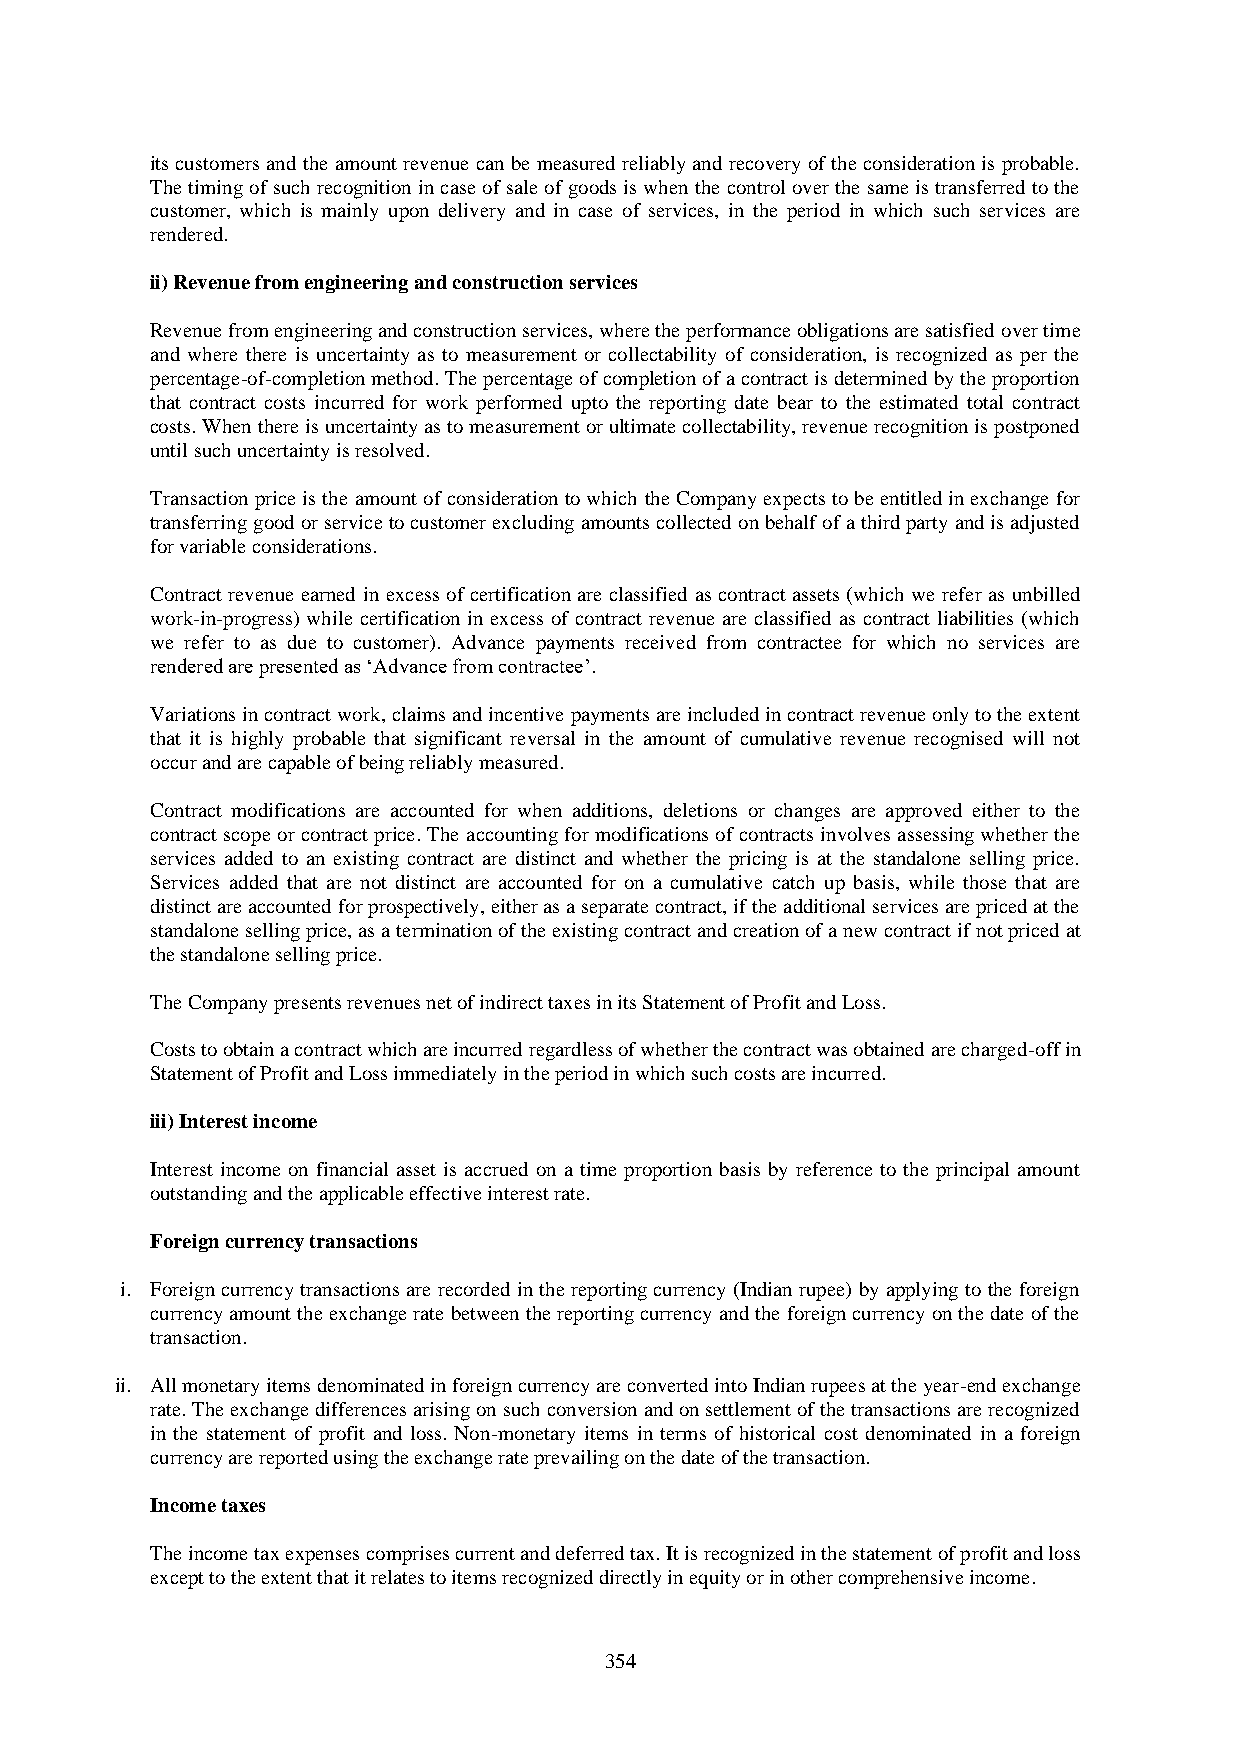
its customers and the amount revenue can be measured reliably and recovery of the consideration is probable.
 The timing of such recognition in case of sale of goods is when the control over the same is transferred to the
 customer, which is mainly upon delivery and in case of services, in the period in which such services are
 rendered.
 ii) Revenue from engineering and construction services
 Revenue from engineering and construction services, where the performance obligations are satisfied over time
 and where there is uncertainty as to measurement or collectability of consideration, is recognized as per the
 percentage-of-completion method. The percentage of completion of a contract is determined by the proportion
 that contract costs incurred for work performed upto the reporting date bear to the estimated total contract
 costs. When there is uncertainty as to measurement or ultimate collectability, revenue recognition is postponed
 until such uncertainty is resolved.
 Transaction price is the amount of consideration to which the Company expects to be entitled in exchange for
 transferring good or service to customer excluding amounts collected on behalf of a third party and is adjusted
 for variable considerations.
 Contract revenue earned in excess of certification are classified as contract assets (which we refer as unbilled
 work-in-progress) while certification in excess of contract revenue are classified as contract liabilities (which
 we refer to as due to customer). Advance payments received from contractee for which no services are
 rendered are presented as ‘Advance from contractee’.
 Variations in contract work, claims and incentive payments are included in contract revenue only to the extent
 that it is highly probable that significant reversal in the amount of cumulative revenue recognised will not
 occur and are capable of being reliably measured.
 Contract modifications are accounted for when additions, deletions or changes are approved either to the
 contract scope or contract price. The accounting for modifications of contracts involves assessing whether the
 services added to an existing contract are distinct and whether the pricing is at the standalone selling price.
 Services added that are not distinct are accounted for on a cumulative catch up basis, while those that are
 distinct are accounted for prospectively, either as a separate contract, if the additional services are priced at the
 standalone selling price, as a termination of the existing contract and creation of a new contract if not priced at
 the standalone selling price.
 The Company presents revenues net of indirect taxes in its Statement of Profit and Loss.
 Costs to obtain a contract which are incurred regardless of whether the contract was obtained are charged-off in
 Statement of Profit and Loss immediately in the period in which such costs are incurred.
 iii) Interest income
 Interest income on financial asset is accrued on a time proportion basis by reference to the principal amount
 outstanding and the applicable effective interest rate.
 Foreign currency transactions
 i. Foreign currency transactions are recorded in the reporting currency (Indian rupee) by applying to the foreign
 currency amount the exchange rate between the reporting currency and the foreign currency on the date of the
 transaction.
 ii. All monetary items denominated in foreign currency are converted into Indian rupees at the year-end exchange
 rate. The exchange differences arising on such conversion and on settlement of the transactions are recognized
 in the statement of profit and loss. Non-monetary items in terms of historical cost denominated in a foreign
 currency are reported using the exchange rate prevailing on the date of the transaction.
 Income taxes
 The income tax expenses comprises current and deferred tax. It is recognized in the statement of profit and loss
 except to the extent that it relates to items recognized directly in equity or in other comprehensive income.
 354